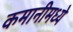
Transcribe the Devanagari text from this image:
कमानीमध्ये